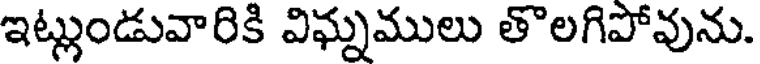
ఇట్లుండువారికి విఘ్నములు తొలగిపోవును.